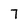
Character: 7